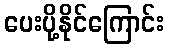
ပေးပို့နိုင်ကြောင်း